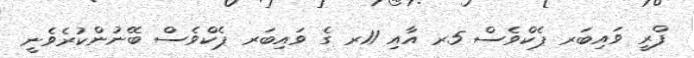
ފްރީ ވައިބަރ ޕެކްވެސް 5ރ އާއި 11ރ ގެ ވައިބަރ ޕެކްވެސް ބޭނުންކުރެވެނީ